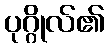
ပုဂ္ဂိုလ်၏